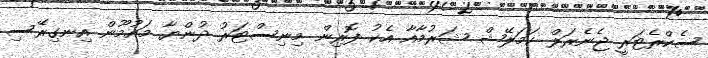
ސެކްރެޓަރީ ޖެނެރަލް ކަމަލޭޝް ޝަރުމާއާ އެކު ފޮރިން މިނިސްޓަރު ދުންޔާ މައުމޫން އިނގިރޭސި